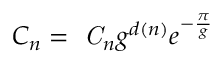
C _ { n } = \mathrm { \it ~ C } _ { n } g ^ { d ( n ) } e ^ { - { \frac { \pi } { g } } }